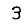
Digit: 3